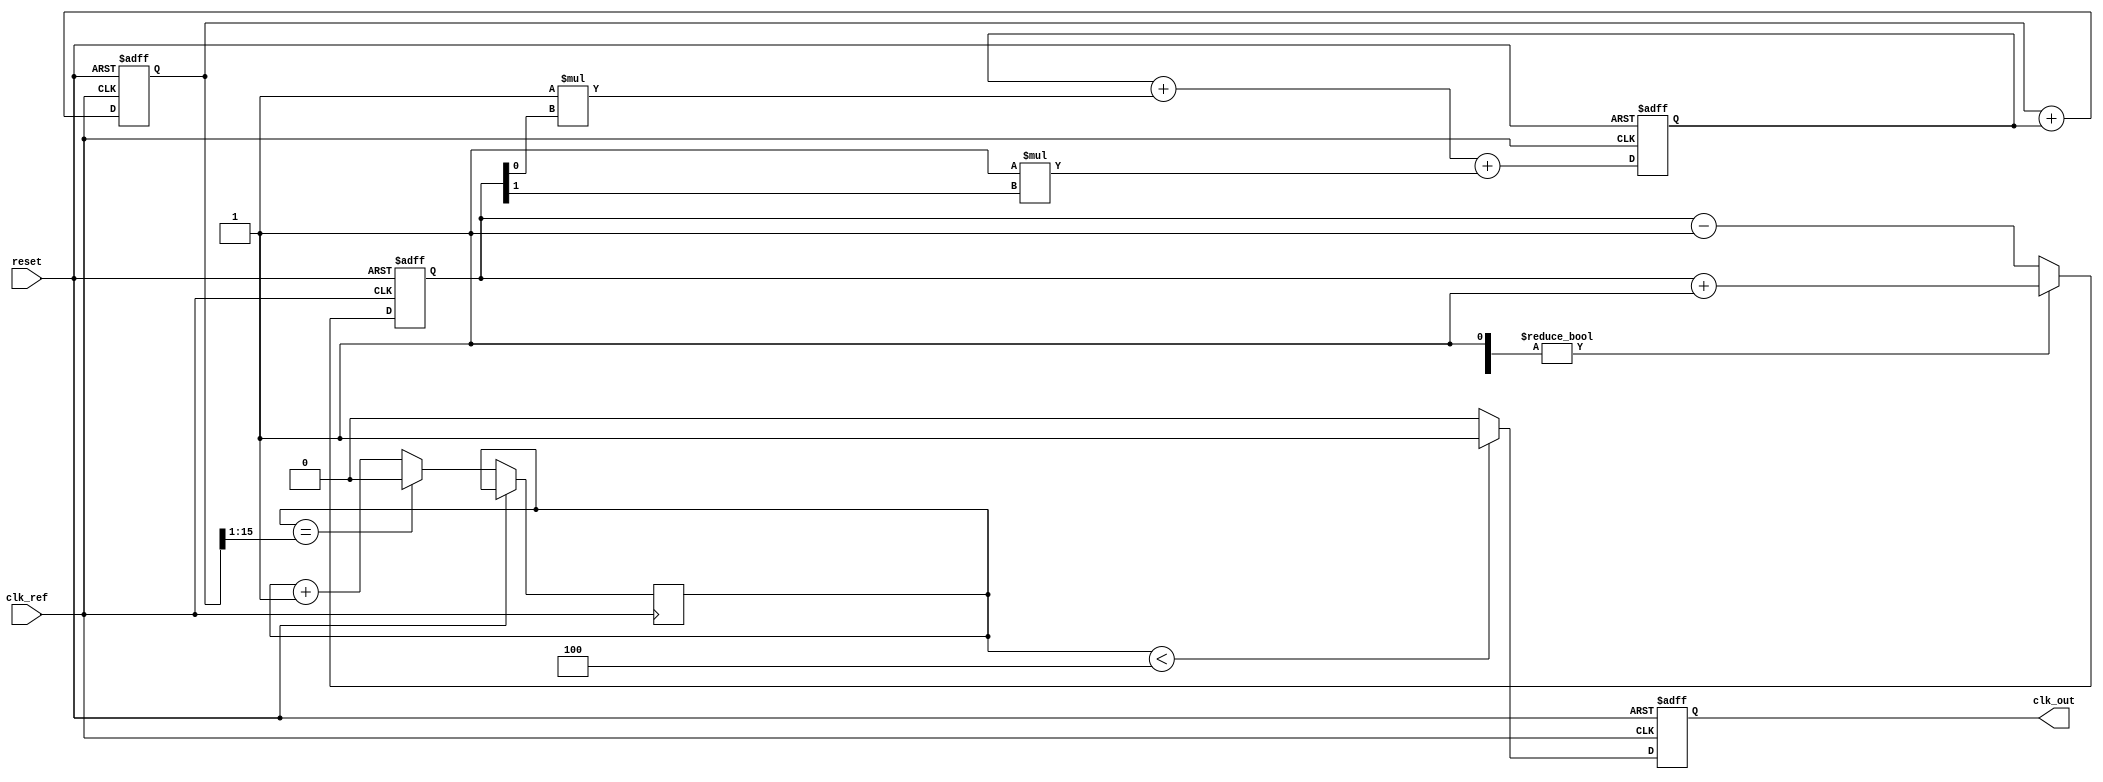
module PLL (
    input wire clk_ref,        // Reference clock
    input wire reset,          // Asynchronous reset
    output reg clk_out         // Output clock
);

    // Parameters
    parameter integer N = 4;   // Divider factor for output clock
    parameter integer FILTER_COEFF_A = 1; // Loop filter coefficient A
    parameter integer FILTER_COEFF_B = 1; // Loop filter coefficient B

    // Internal Signals
    reg [1:0] phase_error;      // Phase error from PD
    reg [15:0] vco_freq;        // VCO frequency control
    reg [15:0] loop_filter;     // Loop filter output
    reg [15:0] vco_output;      // VCO output clock
    reg counter;                // Counter for clock division

    // Phase Detector (PD)
    always @(posedge clk_ref or posedge reset) begin
        if (reset) begin
            phase_error <= 2'b00;
        end else begin
            // Simple phase comparison mechanism
            if (vco_output) begin
                phase_error <= phase_error + 1; // Increment phase error
            end else begin
                phase_error <= phase_error - 1; // Decrement phase error
            end
        end
    end

    // Loop Filter (Simple Integrator for Type-2 PLL)
    always @(posedge clk_ref or posedge reset) begin
        if (reset) begin
            loop_filter <= 16'b0;
        end else begin
            loop_filter <= loop_filter + (FILTER_COEFF_A * phase_error[0]) + 
                                      (FILTER_COEFF_B * phase_error[1]);
        end
    end

    // Voltage-Controlled Oscillator (VCO)
    always @(posedge clk_ref or posedge reset) begin
        if (reset) begin
            vco_freq <= 16'b0;
            clk_out <= 1'b0;
        end else begin
            vco_freq <= vco_freq + loop_filter[15:0]; // Adjust VCO frequency
            // Generate output clock based on VCO frequency
            clk_out <= (counter < N) ? 1'b1 : 1'b0;
            counter <= (counter == (vco_freq >> 1)) ? 0 : counter + 1; // Clock division
        end
    end

    // Feedback path (not directly implemented in this example)
    // In a real implementation, the output of the VCO would be fed back to the phase detector.

endmodule